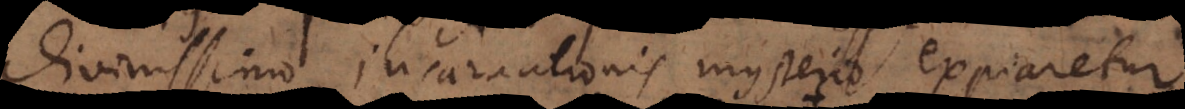
divinissimo incarnationis mysterio expiaretur.